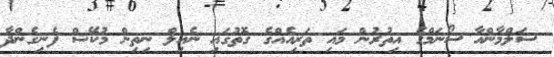
ސަލްމާންއާ ސޯނަމްގެ އިތުރުން މައި ތަރިއެއްގެ ގޮތުގައި ނެއިލް ނިތިން މުކޭޝް ފެނިގެންދާ